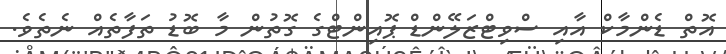
އޮތް ޑެންމާކް އާއި ސްވިޓްޒަލޭންޑް ޕޮއިންޓްގެ ގޮތުން މާ ބޮޑު ތަފާތެއް ނެތެވެ.